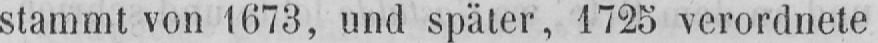
stammt von 1673, und später, 1725 verordnete